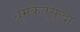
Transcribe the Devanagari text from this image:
धूमकेतूसुद्धा